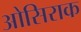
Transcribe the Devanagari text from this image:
ओसिराक